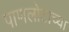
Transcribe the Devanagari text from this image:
पाणलोटाच्या